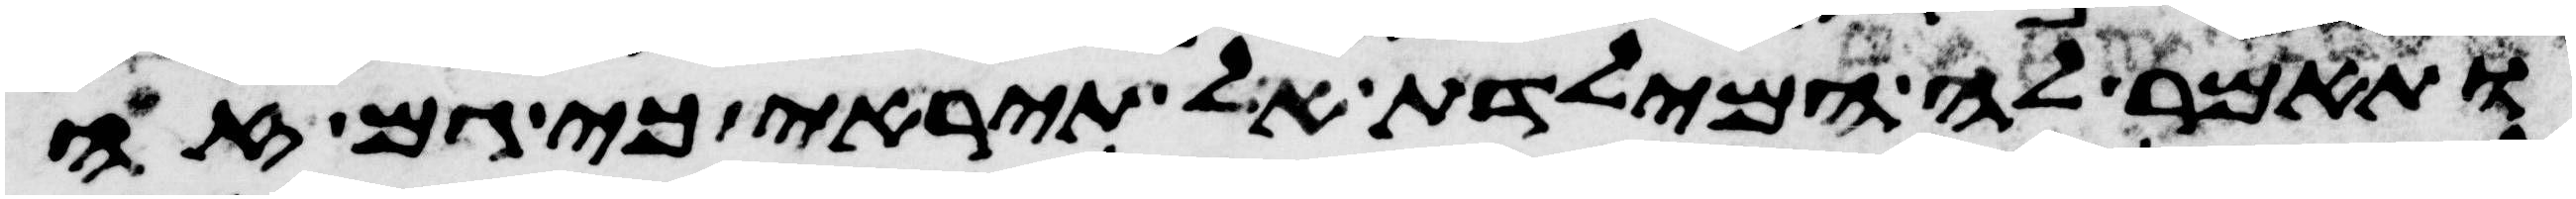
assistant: ותאמר לה המילדת אל תיראי כי גם זה